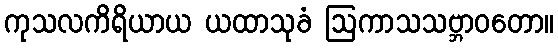
ကုသလကိရိယာယ ယထာသုခံ ဩကာသသဗ္ဘာဝတော။